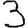
Digit: 3